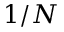
1 / N